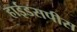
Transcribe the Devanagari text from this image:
हाईडसपीस